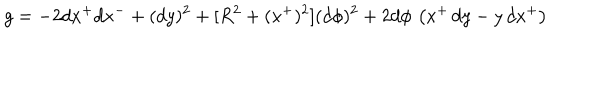
g = - 2 d x ^ { + } d x ^ { - } + ( d y ) ^ { 2 } + [ R ^ { 2 } + ( x ^ { + } ) ^ { 2 } ] ( d \phi ) ^ { 2 } + 2 d \phi \, \left( x ^ { + } \, d y - y \, d x ^ { + } \right)